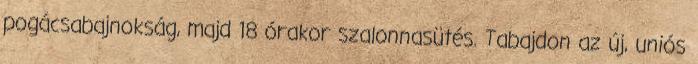
pogácsabajnokság, majd 18 órakor szalonnasütés. Tabajdon az új, uniós